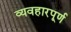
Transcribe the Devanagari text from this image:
व्यवहारपूर्ण